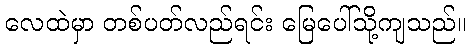
လေထဲမှာ တစ်ပတ်လည်ရင်း မြေပေါ်သို့ကျသည်။